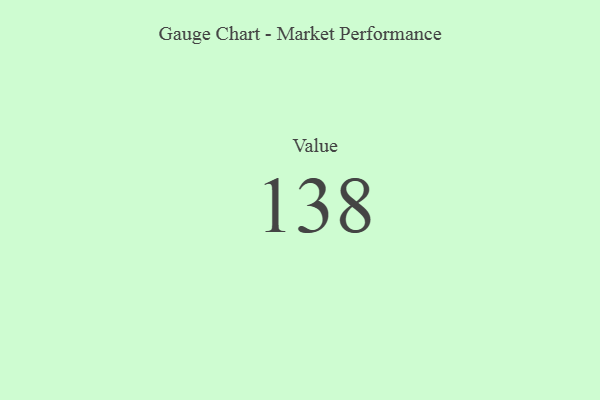
{"axis": {"x": "Metric", "y": "Value"}, "legend": [""], "data": [{"x": "Value", "y": 138, "type": ""}]}